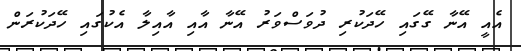
އެއީ އޭނާ ގޭގައި ހޭދަކުރި ދުވަސްވަރު އޭނާ އާއި އާއިލާ އެކުގައި ހޭދަކުރަން